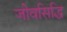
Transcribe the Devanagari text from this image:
जीवसिद्धि